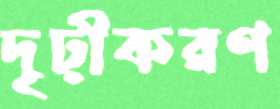
দৃঢ়ীকরণ